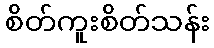
စိတ်ကူးစိတ်သန်း